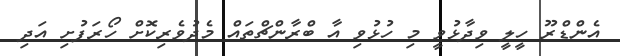
އެންޑްރޫ ހީލީ ވިދާޅުވީ މި ހުޅުވި އާ ބްރާންޗްތައް މެދުވެރިކޮށް ހޯރަފުށި އަދި